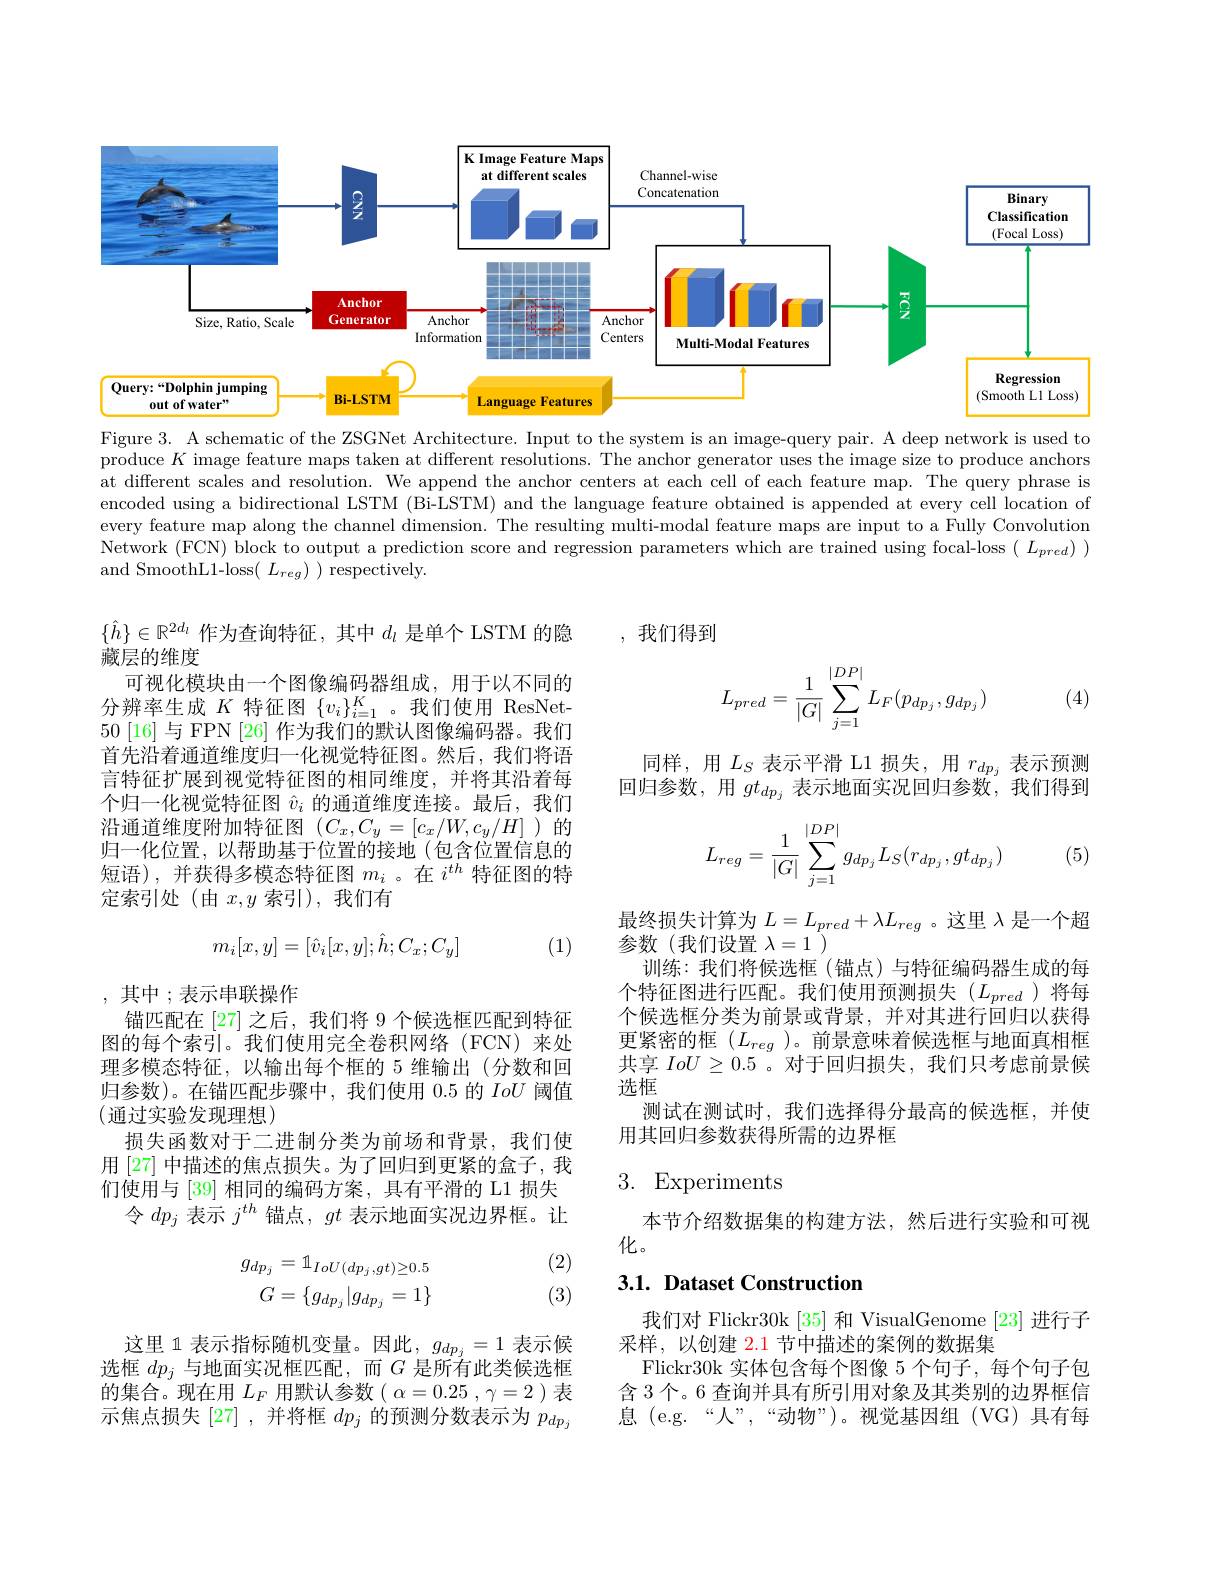
<FigureHere>

Figure 3. A schematic of the ZSGNet Architecture. Input to the system is an image-query pair. A deep network is used to produce $K$ image feature maps taken at different resolutions. The anchor generator uses the image size to produce anchors at different scales and resolution. We append the anchor centers at each cell of each feature map. The query phrase is encoded using a bidirectional LSTM (Bi-LSTM) and the language feature obtained is appended at every cell location of every feature map along the channel dimension. The resulting multi-modal feature maps are input to a Fully Convolution Network (FCN) block to output a prediction score and regression parameters which are trained using focal-loss $(L_{pred}))$ and SmoothL1-loss( $L_reg)$ respectively.

,我们得到
$$L_{pred}=\dfrac{1}{|G|}\sum_{j=1}^{|DP|}L_F(p_{dp_j},g_{dp_j})$$
(4)

$\{\hat{h}\}\in\mathbb{R}^{2d_l}$作为查询特征，其中$d_l$是单个 LSTM 的隐
藏层的维度
可视化模块由一个图像编码器组成，用于以不同的分辨率生成$K$特征图$\{v_i\}_i=1^K$。我们使用 ResNet- $50\left[16\right]$与 FPN [26] 作为我们的默认图像编码器。我们首先沿着通道维度归一化视觉特征图。然后，我们将语言特征扩展到视觉特征图的相同维度，并将其沿着每个归一化视觉特征图$\hat{v}_i$的通道维度连接。最后，我们沿通道维度附加特征图($C_x,C_y=[c_x/W,c_y/H]$)的归一化位置，以帮助基于位置的接地(包含位置信息的短语),并获得多模态特征图$m_i$ 。在$i^{th}$特征图的特定索引处(由$x,y$索引),我们有

同样，用$L_S$表示平滑 L1 损失，用$r_dp_j$表示预测回归参数，用$gt_{dp_j}$表示地面实况回归参数，我们得到
$$L_{reg}=\dfrac{1}{|G|}\sum\limits_{j=1}^{|DP|}g_{dp_j}L_S(r_{dp_j},gt_{dp_j})$$
(5)
$$m_i[x,y]=[\hat{v}_i[x,y];\hat{h};C_x;C_y]$$
(1)

最终损失计算为$L=L_{pred}+\lambda L_{reg}$ 。这里$\lambda$是一个超
参数(我们设置$\lambda=1$ )
训练：我们将候选框(锚点)与特征编码器生成的每个特征图进行匹配。我们使用预测损失($L_pred$)将每个候选框分类为前景或背景，并对其进行回归以获得更紧密的框($L_{reg}$)。前景意味着候选框与地面真相框共享$IoU\geq0.5$ 。对于回归损失，我们只考虑前景候选框
测试在测试时，我们选择得分最高的候选框，并使
用其回归参数获得所需的边界框

,其中 ;表示串联操作
锚匹配在 [27] 之后，我们将 9 个候选框匹配到特征图的每个索引。我们使用完全卷积网络(FCN)来处理多模态特征，以输出每个框的 5 维输出(分数和回归参数)。在锚匹配步骤中，我们使用 0.5 的IoU阈值(通过实验发现理想)
损失函数对于二进制分类为前场和背景，我们使用 [27] 中描述的焦点损失。为了回归到更紧的盒子，我们使用与 [39] 相同的编码方案，具有平滑的 L1 损失
令$dp_j$表示$j^{th}$锚点，$gt$表示地面实况边界框。让

# 3. Experiments

本节介绍数据集的构建方法，然后进行实验和可视
化。

(2)

(3)
$$\begin{aligned}g_{dp_j}&=\mathbb{1}_{IoU(dp_j,gt)\ge0.5}\\G&=\{g_{dp_j}|g_{dp_j}=1\}\end{aligned}$$
# 3.1. Dataset Construction

我们对 Flickr30k [35] 和 VisualGenome [23] 进行子
采样，以创建 2.1 节中描述的案例的数据集
Flickr30k 实体包含每个图像 5 个句子，每个句子包含 3 个。6 查询并具有所引用对象及其类别的边界框信息 (e.g.“人”,“动物”)。视觉基因组(VG)具有每

这里 1 表示指标随机变量。因此，$g_dp_j=1$表示候选框$dp_j$与地面实况框匹配，而$G$是所有此类候选框的集合。现在用$L_F$用默认参数( $\alpha=0.25,\gamma=2$)表示焦点损失[27],并将框$dp_j$的预测分数表示为$p_{dp_j}$